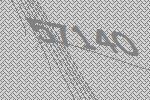
57140